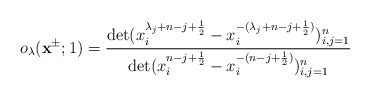
\begin{align*}o_\lambda(\mathbf{x}^{\pm};1)=\frac{\det(x^{\lambda_j+n-j+\frac{1}{2}}_i-x^{-(\lambda_j+n-j+\frac{1}{2})}_i)^{n}_{i,j=1}}{\det(x^{n-j+\frac{1}{2}}_i-x^{-(n-j+\frac{1}{2})}_i)^{n}_{i,j=1}}\end{align*}